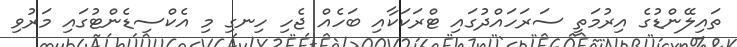
ތައިލޭންޑުގެ އިރުމަތީ ސަރަހައްދުގައި ޓްރަކަކާއި ބަހެއް ޖެހި ހިނގި މި އެކްސިޑެންޓުގައި މަރުވި